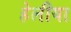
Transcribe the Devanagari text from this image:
हेलीया